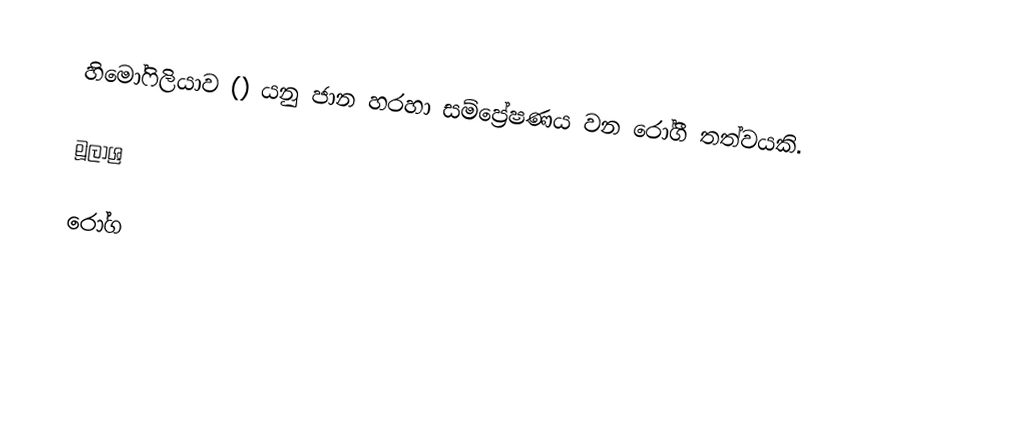
හිමෝ‍ෆිලියාව () යනු ජාන හරහා සම්ප්‍රේෂණය වන රෝගී තත්වයකි.

මූලාශ්‍ර

රෝග